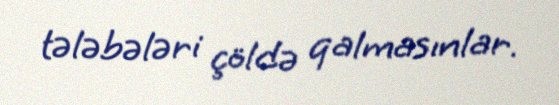
tələbələri çöldə qalmasınlar.